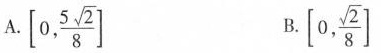
A.[0, \frac{5\sqrt{2}}{8}] B.[0, \frac{\sqrt{2}}{8}]